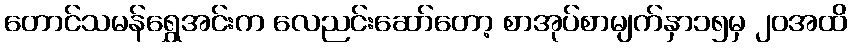
တောင်သမန်ရွှေအင်းက လေညင်းဆော်တော့ စာအုပ်စာမျက်နှာ၁၅မှ ၂၀အထိ